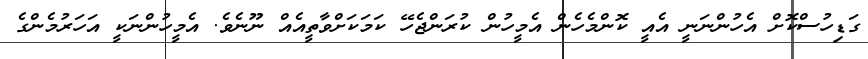
ގަޑިހުސްކޮށް އެހުންނަނީ އެއީ ކޮންމެހެން އެމީހުން ކުރަންޖެހޭ ކަމަކަށްވާތީއެއް ނޫނެވެ. އެމީހުންނަކީ އަހަރުމެންގެ